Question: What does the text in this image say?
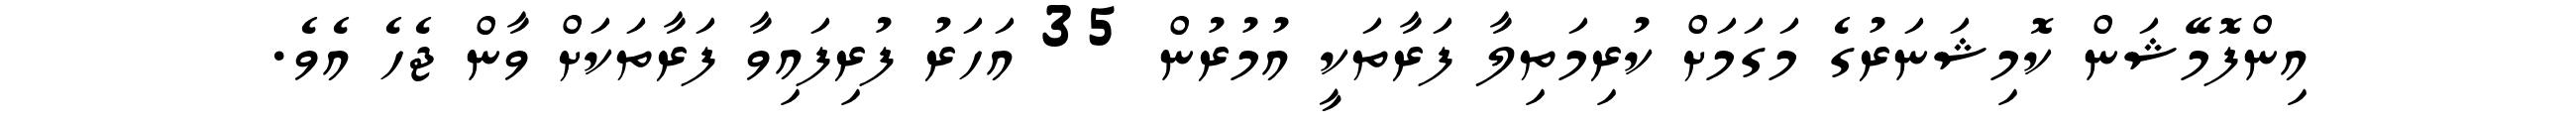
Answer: އިންފޮމޭޝަން ކޮމިޝަނަރުގެ މަގަމަށް ކުރިމަތިލާ ފަރާތަކީ އުމުރުން 35 އަހަރު ފުރިފައިވާ ފަރާތަކަށް ވާން ޖެހެ އެވެ.